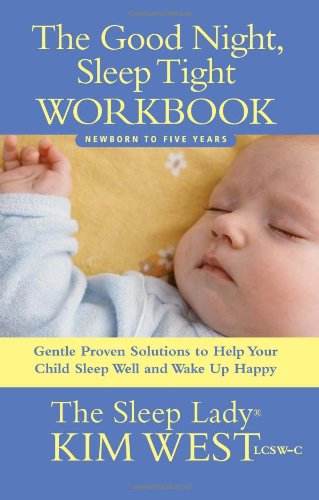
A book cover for Good Night, Sleep Tight Workbook: The Sleep Lady's Gentle Step-by-step Guide for Tired Parents; Kim West; Health, Fitness & Dieting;